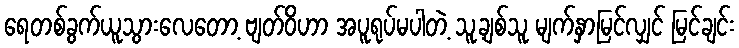
ရေတစ်ခွက်ယူသွားလေတော့ ဗျတ်ဝိဟာ အပူရုပ်မပါတဲ့ သူ့ချစ်သူ မျက်နှာမြင်လျှင် မြင်ချင်း